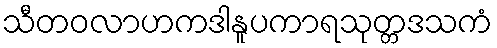
သီတဝလာဟကဒါနူပကာရသုတ္တဒသကံ